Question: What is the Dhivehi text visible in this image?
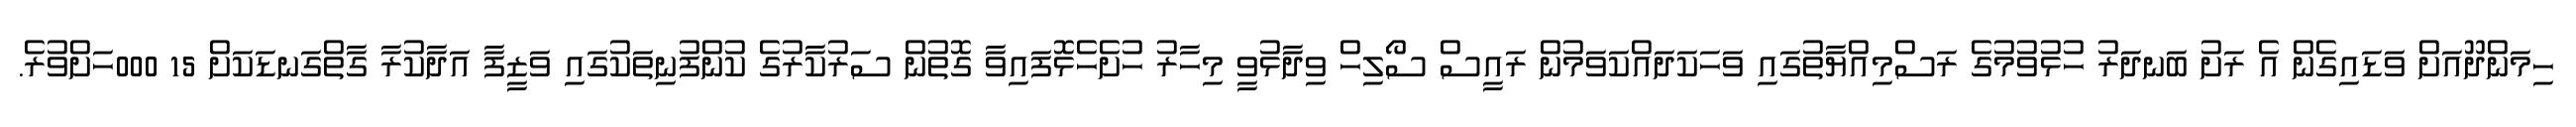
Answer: ހިމަންދޫއަށް ވަޑައިގެން އެ ރަށު ބަނދަރު ހުޅުވުމުގެ ރަސްމިއްޔާތުގައި ވަހަކަދައްކަވަމުން ރައީސް ސޯލިހް ވިދާޅުވީ މިހާރު ހުށެހެޅޮފައިވާ ގޮތުން ސަރުކާރުގެ ކުންފުނިތަކުގައި ވަޒީފާ އަދާކުރާ ގާތްގަނޑަކަށް 15 000ހަށްވުރެ.